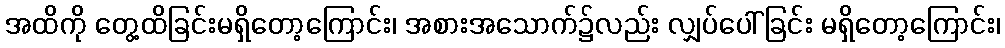
အထိကို တွေ့ထိခြင်းမရှိတော့ကြောင်း၊ အစားအသောက်၌လည်း လျှပ်ပေါ်ခြင်း မရှိတော့ကြောင်း၊